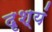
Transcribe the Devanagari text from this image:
दृश्यं